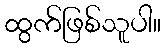
ထွက်ဖြစ်သူပါ။